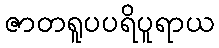
ဇာတရူပပရိပူရာယ